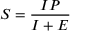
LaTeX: S = { \frac { I P } { I + E } }